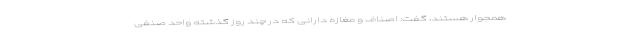
همجوار هستند، گفت: اصناف و مغازه دارانی که در چند روز گذشته واحد صنفی